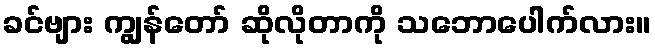
ခင်ဗျား ကျွန်တော် ဆိုလိုတာကို သဘောပေါက်လား။